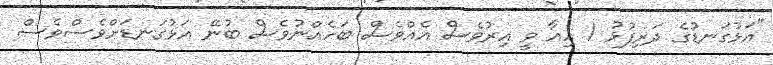
"އަޅުގަނޑުގެ ދަރިފުޅު 1 އިއާ ވީ އިރުވެސް އެއްވެސް ބަހެއްނުވެސް ބުނޭ އަޅުގަނޑަށްވެސްވެސް